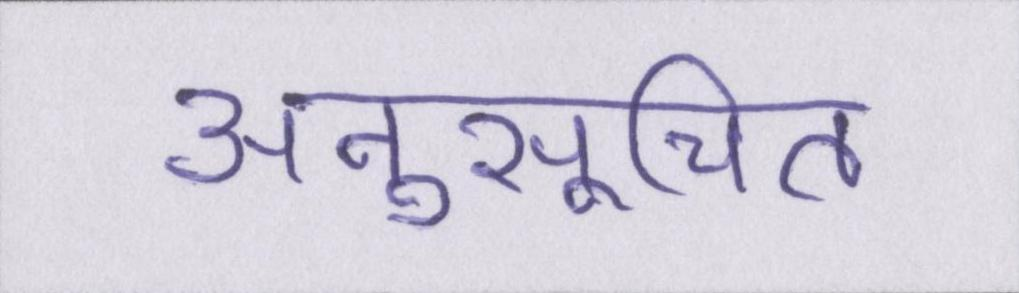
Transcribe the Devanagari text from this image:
अनुसूचित